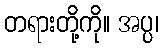
တရားတို့ကို။ အပ္ပ၊